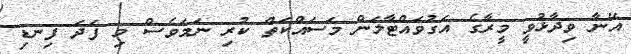
އޭނާ ވިދާޅުވީ މީރާގެ އަގުވައްޓާލަން މަސައްކަތް ކުރި ނަމަވެސް މި ފަދަ ފިނޑި